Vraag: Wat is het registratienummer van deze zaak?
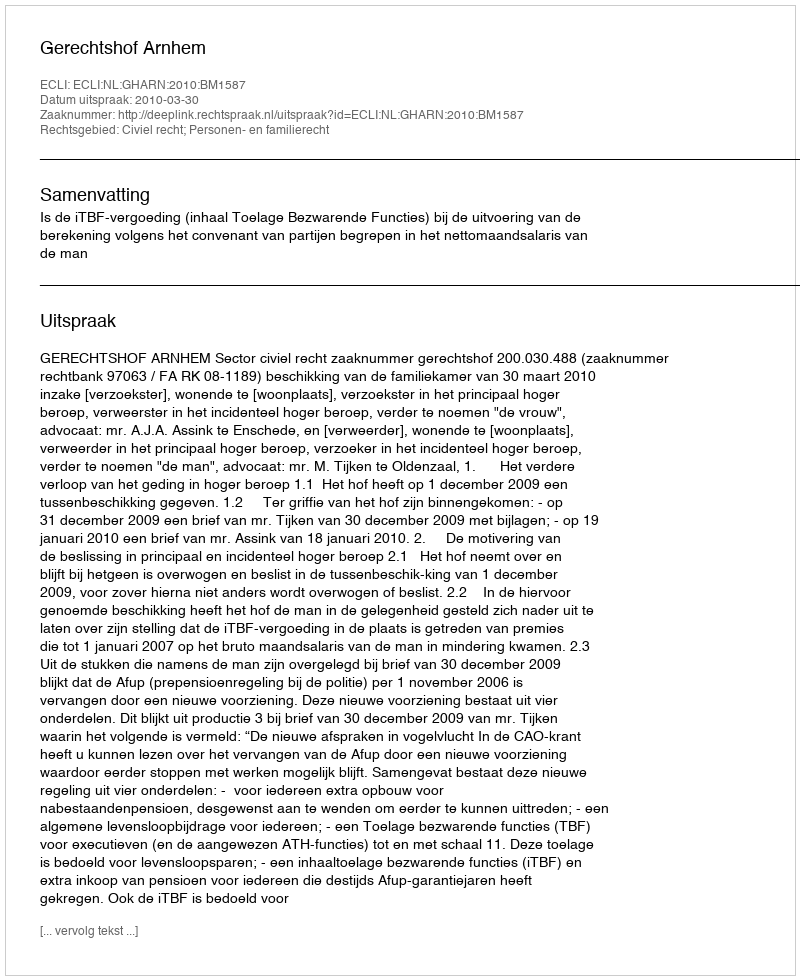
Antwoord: http://deeplink.rechtspraak.nl/uitspraak?id=ECLI:NL:GHARN:2010:BM1587